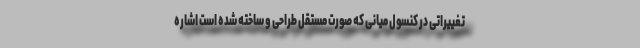
تغییراتی در کنسول میانی که صورت مستقل طراحی و ساخته شده است اشاره